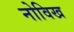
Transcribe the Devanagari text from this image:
नोविख